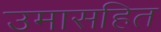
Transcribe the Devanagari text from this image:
उमासहित